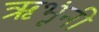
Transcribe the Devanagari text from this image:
ऋभूंनी